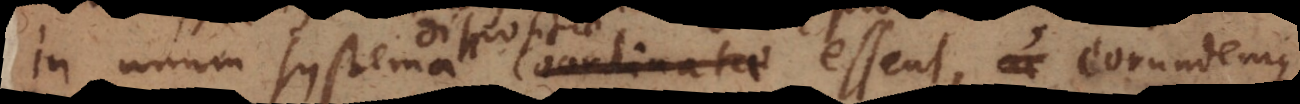
in unum systema coordinatae essent, eorundemque